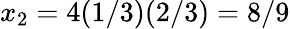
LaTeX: x_{2}=4(1/3)(2/3)=8/9